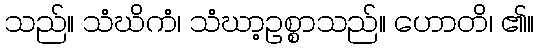
သည်။ သံဃိကံ၊ သံဃာ့ဥစ္စာသည်။ ဟောတိ၊ ၏။